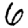
Digit: 6